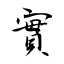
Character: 實